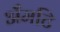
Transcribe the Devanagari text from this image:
अँमटि